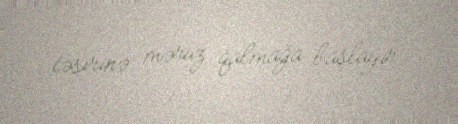
təsirinə məruz qalmağa başlayır.